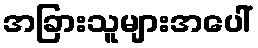
အခြားသူများအပေါ်